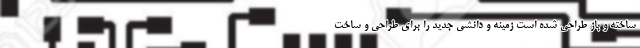
ساخته و باز طراحی شده است زمینه و دانشی جدید را برای طراحی و ساخت